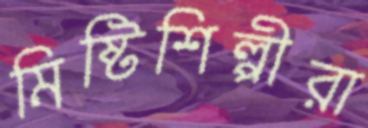
মিষ্টিশিল্পীরা